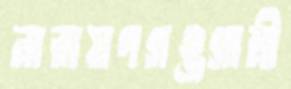
নারায়ণগঞ্জগামী